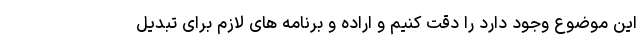
این موضوع وجود دارد را دقت کنیم و اراده و برنامه های لازم برای تبدیل